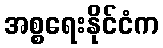
အစ္စရေးနိုင်ငံက